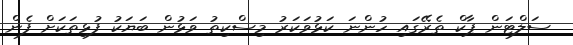
ސަލްޓަން ޕާކް ތެރޭގައި ހުންނަ ކަޅުވަކަރު މިސްކިތު ވަޅުން ބަޔަކު ފުޅިތަކަށް ފެން